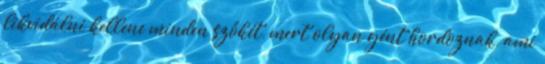
likvidálni kellene minden szőkét, mert olyan gént hordoznak, ami